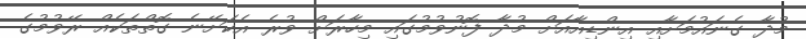
މުދާ ގެނައުމަށާއި އިންޑިއާއަށް މުދާ ފޮނުވުމުގައި މިހާރަށް ވުރެ އެކަށޭނެ ގޮތްތަކެއް ރޭވުމުގެ